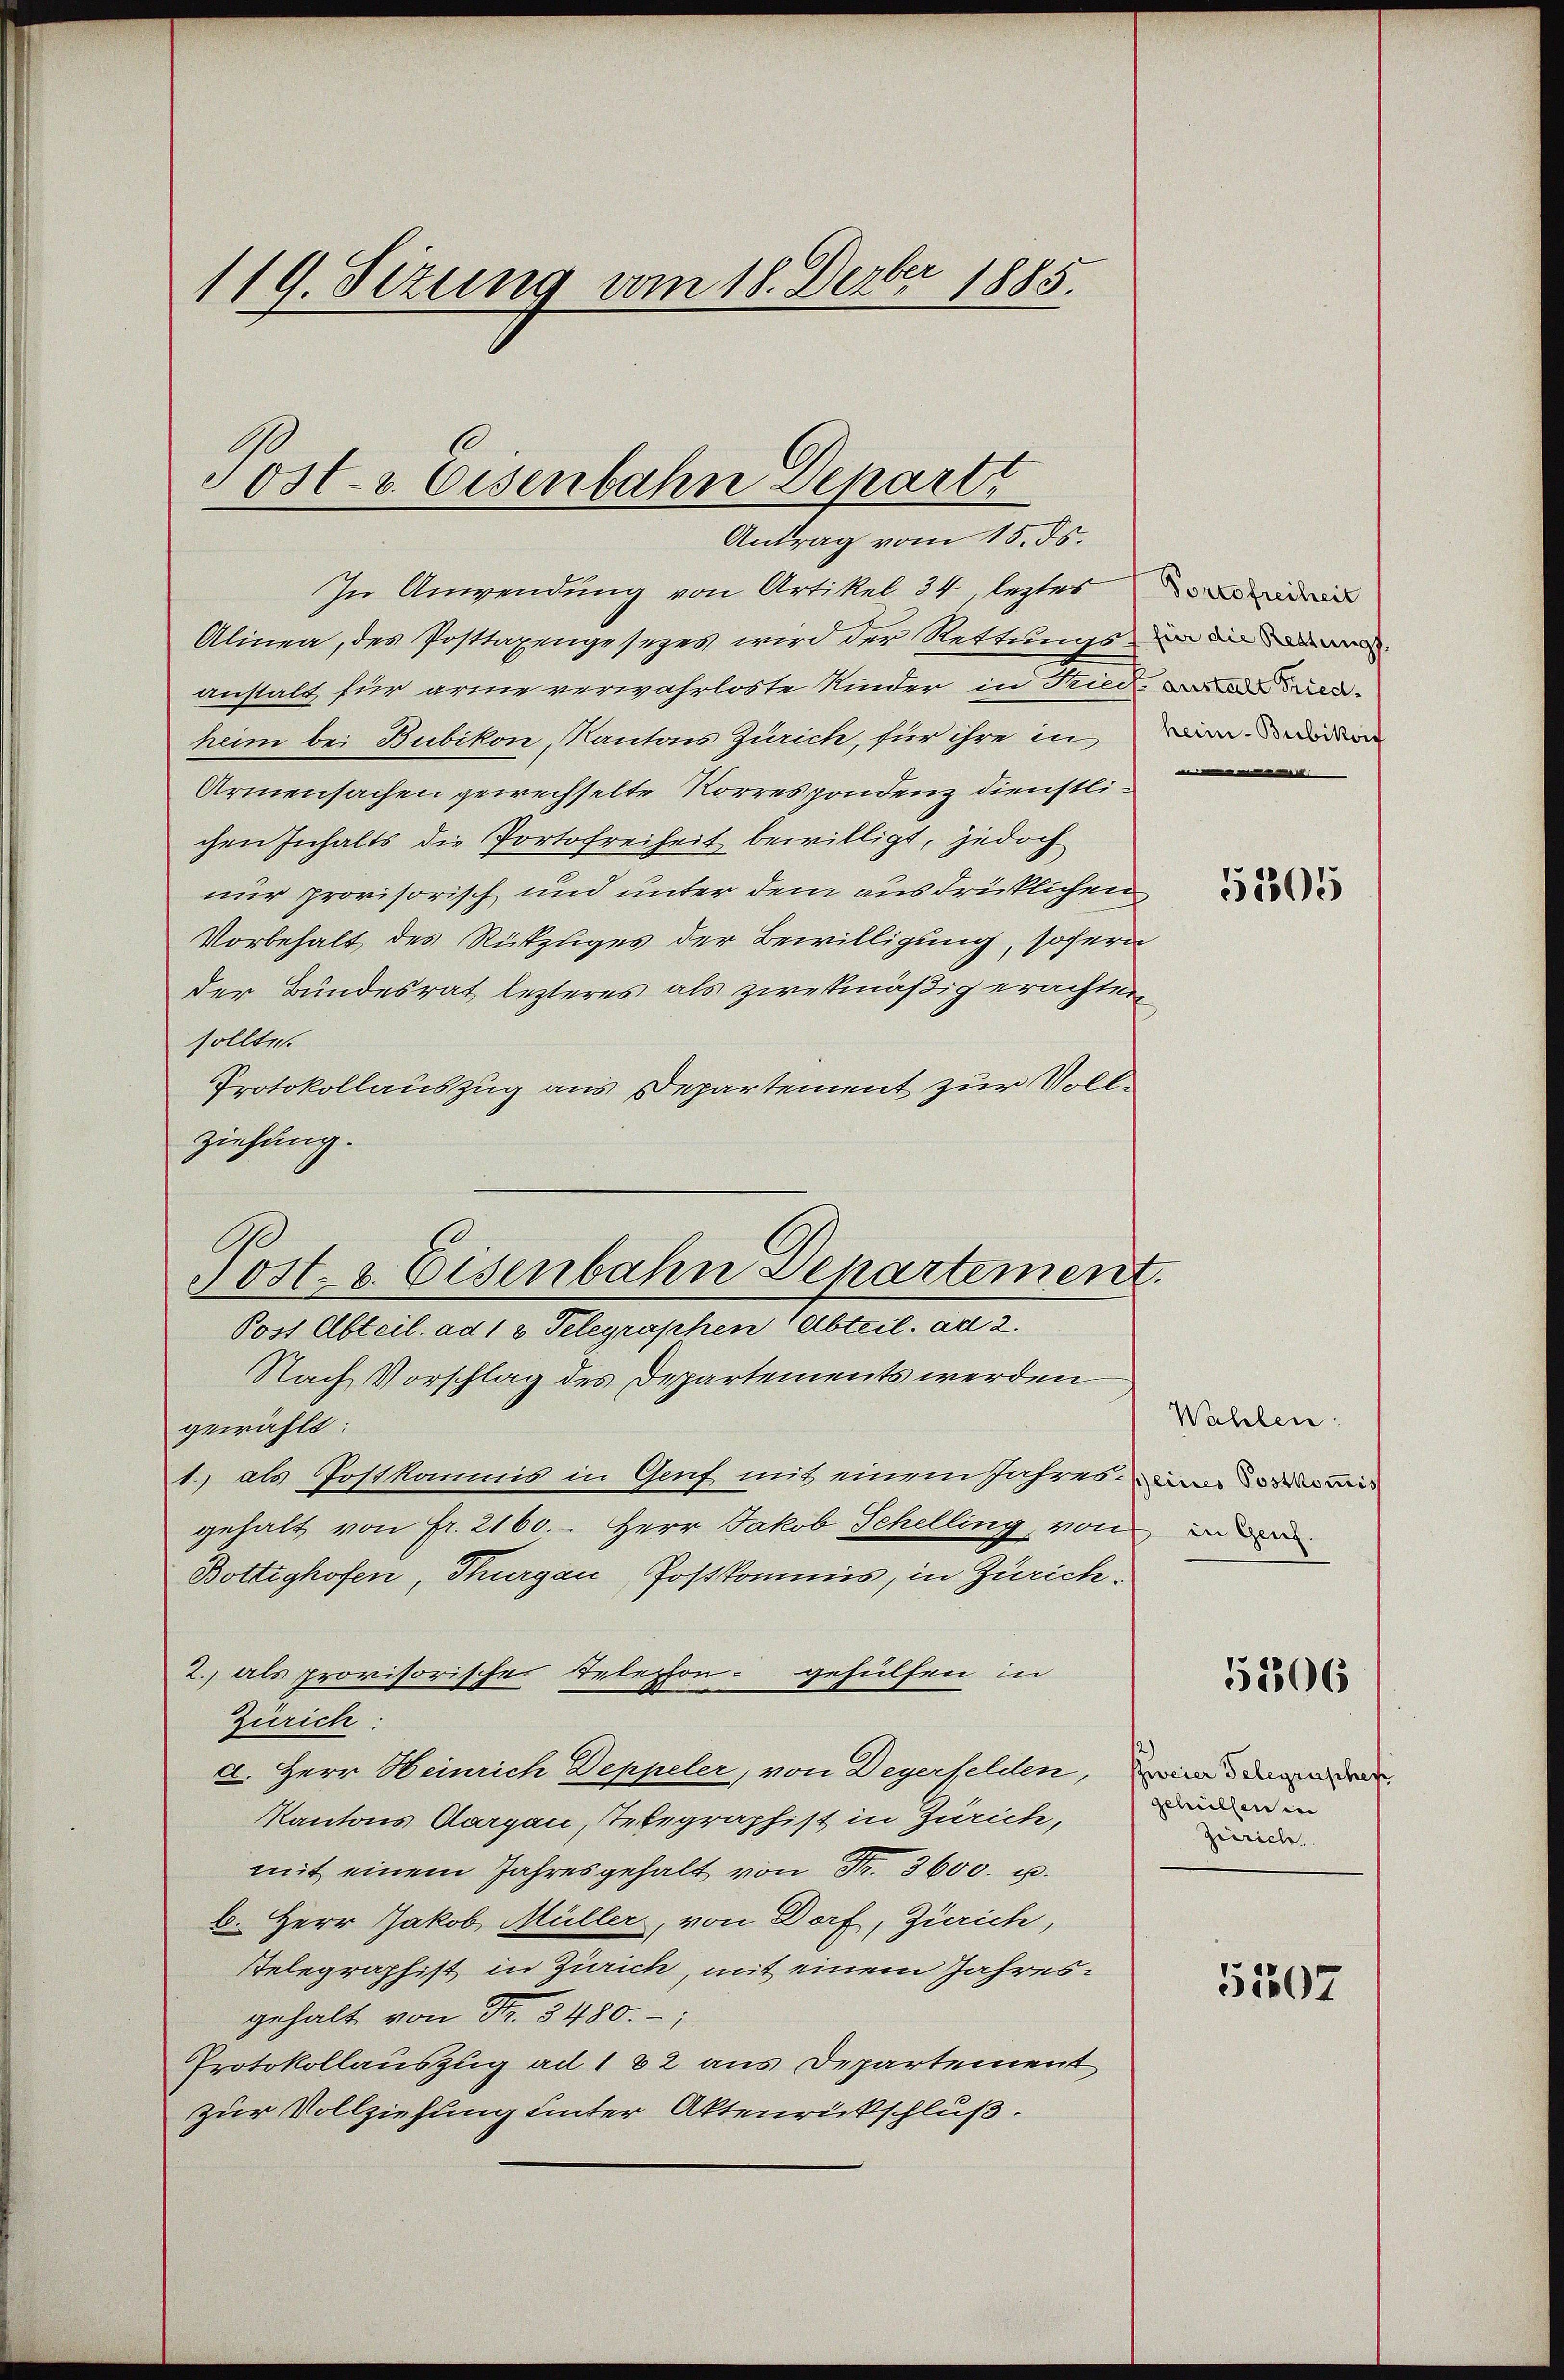
119. Sezung vom 18. Dezbr 1885.

Tost- u. Eisenbahn Departi
Antrag vom 15. ds.

In Anwendung von Artikel 34, letztes
Alinea, des Posttaxengesezes wird der Rettungsum die
anstalt für arme verwahrloste Kinder in Fried, wo d
heim bei Bubikon, Kantons Zürich, für ihre in
Armensachen gewechselte Korrespondenz dienstlichen Inhalts die Portofreiheit bewilligt, jedoch
nur provisorisch und unter dem ausdrücklichen
Vorbehalt des Rükzuges der Bewilligung, sofern
der Bundesrat lezteres als zwekmäßig erachten
sollte.
Protokollauszug aus Departement zur Vollziehung.
Post Abteil. ad 13 Telegraphen (Abteil. ad 2.
Nach Vorschlag des Departements werden
gewählt:
1.) als Postkommis in Genf mit einem Jahres in der
gehalt von fr. 2160. - Herr Jakob Schelling, von
Bottighofen, Thurgau, Postkommis, in Zürich¬
2.) als provisorischer Telephon gehülfen in
Zürich:
a. Herr Heinrich Deppeler, von Degerfelden, wird dad
Kantons Aargau, Telegraphist in Zürich,
mit einem Jahresgehalt von Fr. 3600. u.
b. Herr Jakob Müller, von Dorf, Zürich,
Telegraphist in Zürich, mit einem Jahresgehalt von Fr. 3480.
Protokollauszug ad 1 82 aus Departement
zur Vollziehung unter Aktenrückschluß.

Post- & Eisenbahn Departement.

heim-Bubikon
l

5505

Wahlen:

51506

gehüllen in
gerich.

5307